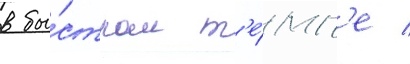
в бы́стром т'е́мп'е /